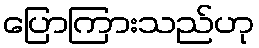
ပြောကြားသည်ဟု